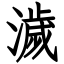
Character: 濊